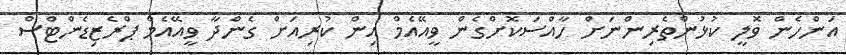
އަންހެން ވޮލީ ކުޅުންތެރިންނަށް ހާއްސަކޮށްގެން ވީއޭއެމް އިން ކުރިއަށް ގެންދާ ވީއޭއެމް ޕްރެޒިޑެންޓްސް